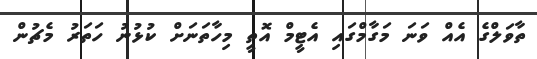
ތާވަލްގެ އެއް ވަނަ މަގާމްގައި އެޓީމް އޮތީ މިހާތަނަށް ކުޅުނު ހަތަރު މެޗުން